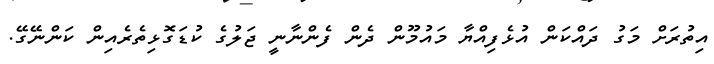
އިތުރަށް މަގު ދައްކަން އުޅެފިއްޔާ މައުމޫން ދެން ފެންނާނީ ޖަލުގެ ކުޑަގޮޅިތެރެއިން ކަންނޭގޭ.